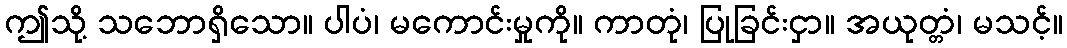
ဤသို့ သဘောရှိသော။ ပါပံ၊ မကောင်းမှုကို။ ကာတုံ၊ ပြုခြင်းငှာ။ အယုတ္တံ၊ မသင့်။